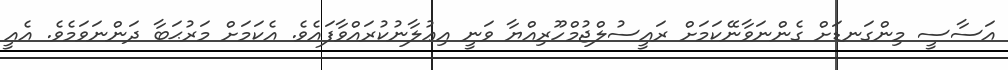
އަސާސީ މިންގަނޑަށް ގެންނަވާނޭކަމަށް ރައީސުލްޖުމްހޫރިއްޔާ ވަނީ އިޢުލާނުކުރައްވާފައެވެ. އެކަމަށް މަރުޙަބާ ދަންނަވަމެވެ. އެއީ